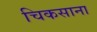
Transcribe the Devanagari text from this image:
चिकसाना